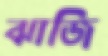
ঝাজি